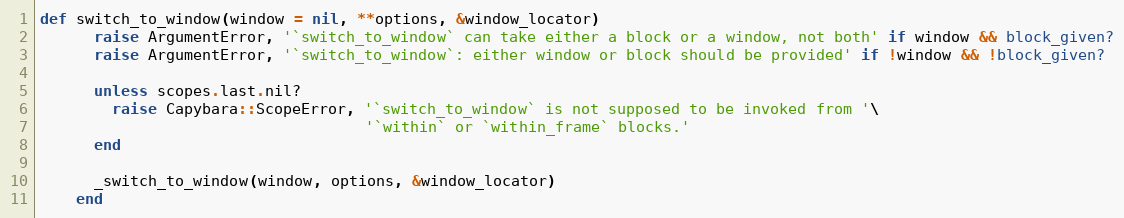
Language: Ruby
def switch_to_window(window = nil, **options, &window_locator)
      raise ArgumentError, '`switch_to_window` can take either a block or a window, not both' if window && block_given?
      raise ArgumentError, '`switch_to_window`: either window or block should be provided' if !window && !block_given?

      unless scopes.last.nil?
        raise Capybara::ScopeError, '`switch_to_window` is not supposed to be invoked from '\
                                    '`within` or `within_frame` blocks.'
      end

      _switch_to_window(window, options, &window_locator)
    end